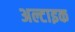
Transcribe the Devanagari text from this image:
अल्टाइक